Civil Veterinary Dept. North-West Frontier Province 1923-32 - 1923-1932
Year: 1923
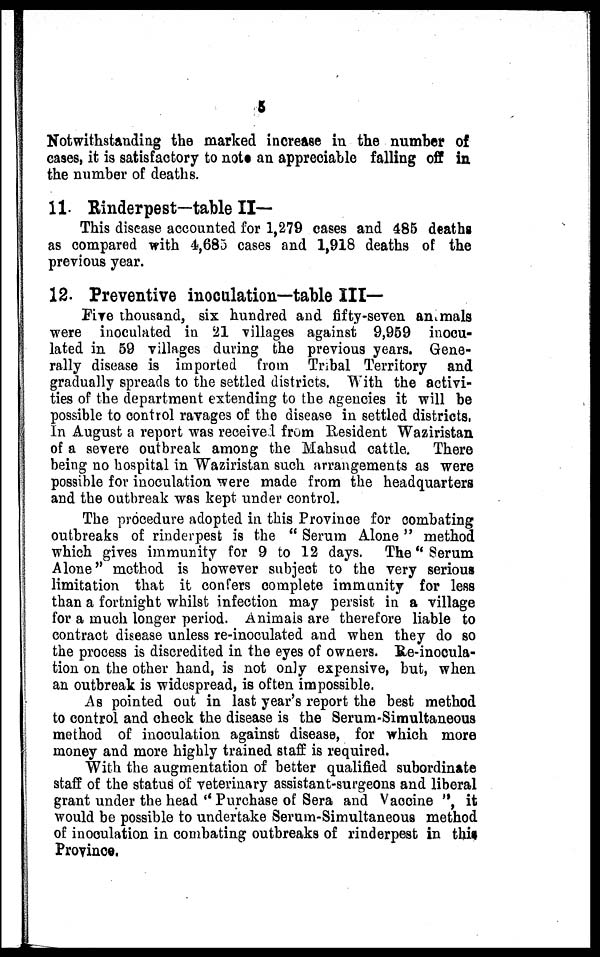
5
Notwithstanding the marked increase in the number of
cases, it is satisfactory to note an appreciable falling off in
the number of deaths.
11. Rinderpest—table II—
This disease accounted for 1,279 cases and 485 deaths
as compared with 4,685 cases and 1,918 deaths of the
previous year.
12. Preventive inoculation—table III—
Five thousand, six hundred and fifty-seven animals
were inoculated in 21 villages against 9,959 inocu-
lated in 59 villages during the previous years. Gene-
rally disease is imported from Tribal Territory and
gradually spreads to the settled districts. With the activi-
ties of the department extending to the agencies it will be
possible to control ravages of the disease in settled districts.
In August a report was received from Resident Waziristan
of a severe outbreak among the Mahsud cattle. There
being no hospital in Waziristan such arrangements as were
possible for inoculation were made from the headquarters
and the outbreak was kept under control.
The procedure adopted in this Province for combating
outbreaks of rinderpest is the " Serum Alone " method
which gives immunity for 9 to 12 days. The " Serum
Alone " method is however subject to the very serious
limitation that it confers complete immunity for less
than a fortnight whilst infection may persist in a village
for a much longer period. Animals are therefore liable to
contract disease unless re-inoculated and when they do so
the process is discredited in the eyes of owners. Re-inocula-
tion on the other hand, is not only expensive, but, when
an outbreak is widespread, is often impossible.
As pointed out in last year's report the best method
to control and check the disease is the Serum-Simultaneous
method of inoculation against disease, for which more
money and more highly trained staff is required.
With the augmentation of better qualified subordinate
staff of the status of veterinary assistant-surgeons and liberal
grant under the head "Purchase of Sera and Vaccine ", it
would be possible to undertake Serum-Simultaneous method
of inoculation in combating outbreaks of rinderpest in this
Province.